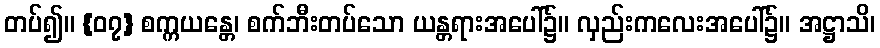
တပ်၍။ {၀၇} စက္ကယန္တေ၊ စက်ဘီးတပ်သော ယန္တရားအပေါ်၌။ လှည်းကလေးအပေါ်၌။ အဋ္ဌာသိ၊